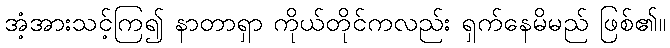
အံ့အားသင့်ကြ၍ နာတာရှာ ကိုယ်တိုင်ကလည်း ရှက်နေမိမည် ဖြစ်၏။